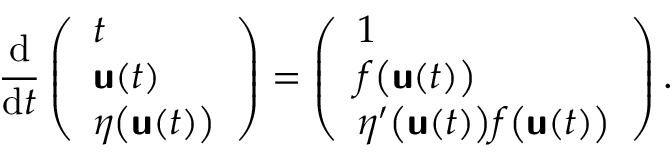
\frac { \mathrm { d } } { \mathrm { d } t } \left( \begin{array} { l } { t } \\ { \mathbf { \boldsymbol { \mathsf { u } } } ( t ) } \\ { \eta \bigl ( \mathbf { \boldsymbol { \mathsf { u } } } ( t ) \bigr ) } \end{array} \right) = \left( \begin{array} { l } { 1 } \\ { f \bigl ( \mathbf { \boldsymbol { \mathsf { u } } } ( t ) \bigr ) } \\ { \eta ^ { \prime } \bigl ( \mathbf { \boldsymbol { \mathsf { u } } } ( t ) \bigr ) f \bigl ( \mathbf { \boldsymbol { \mathsf { u } } } ( t ) \bigr ) } \end{array} \right) .